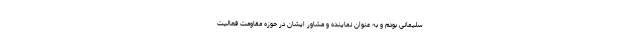
سلیمانی بودم و به عنوان نماینده و مشاور ایشان در حوزه مقاومت فعالیت